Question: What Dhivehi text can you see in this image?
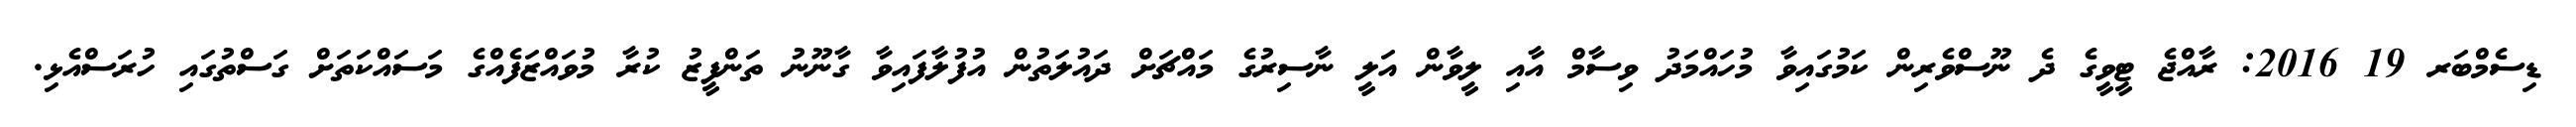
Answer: ޑިސެމްބަރ 19 2016: ރާއްޖެ ޓީވީގެ ދެ ނޫސްވެރިން ކަމުގައިވާ މުހައްމަދު ވިސާމް އާއި ލީވާން އަލީ ނާސިރުގެ މައްޗަށް ދައުލަތުން އުފުލާފައިވާ ގާނޫނު ތަންފީޒު ކުރާ މުވައްޒަފެއްގެ މަސައްކަތަށް ގަސްތުގައި ހުރަސްއެޅި.